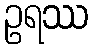
ဥရဿ